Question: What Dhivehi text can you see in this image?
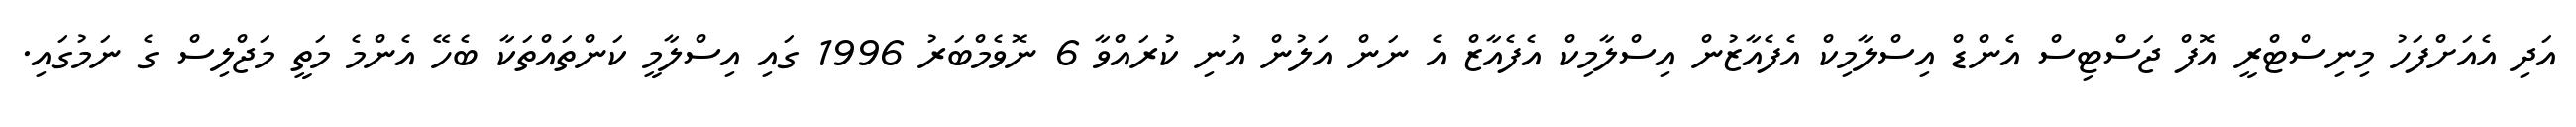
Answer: އަދި އެއަށްފަހު މިނިސްޓްރީ އޮފް ޖަސްޓިސް އެންޑް އިސްލާމިކް އެފެއާޒުން އިސްލާމިކް އެފެއާޒް އެ ނަން އަލުން އުނި ކުރައްވާ 6 ނޮވެމްބަރު 1996 ގައި އިސްލާމީ ކަންތައްތަކާ ބެހޭ އެންމެ މަތީ މަޖްލިސް ގެ ނަމުގައި.